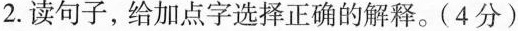
2.读句子，给加点字选择正确的解释。(4分)